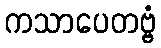
ကသာပေတဗ္ဗံ